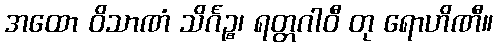
အထော ဝိသာဏံ သိင်္ဂဉ္စ၊ ရတ္တဂါဝီ တု ရောဟိဏီ။